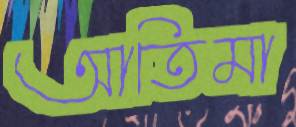
আতিমা